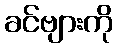
ခင်ဗျားကို